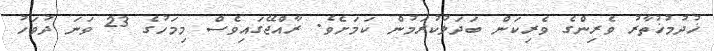
ޚުދުމުޚުތާރު ވެރިންގެ ވެރިކަން ބަދަލުކުރަމުން ކަމަށެވެ. ރާއްޖޭގައިވެސް މިމަހުގެ 23 ވަނަ ދުވަހު